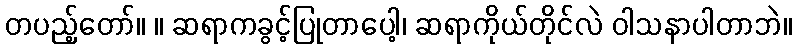
တပည့်တော်။ ။ ဆရာကခွင့်ပြုတာပေါ့၊ ဆရာကိုယ်တိုင်လဲ ဝါသနာပါတာဘဲ။